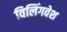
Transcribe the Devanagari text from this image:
विलिंगवेश